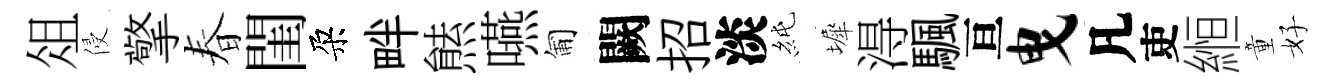
俎侵擎春閨朶畔㷱嚥匍闕招淡純墀淂颿亘曳凡吏縆童好